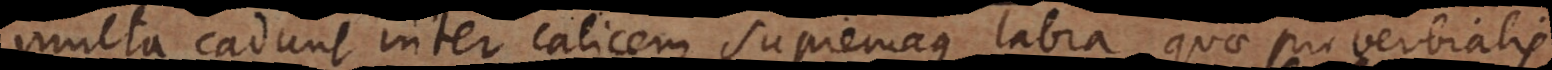
multa cadunt inter calicem supremaque labra, quae proverbialis